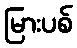
မြားပစ်